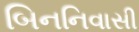
બિનનિવાસી